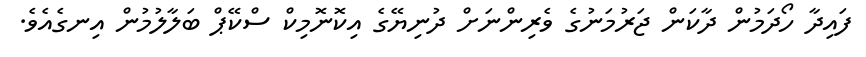
ފައިދާ ހޯދަމުން ދާކަން ޖަރުމަނުގެ ވެރިންނަށް ދުނިޔޭގެ އިކޮނޮމިކް ސްކޭޕް ބަލާލުމުން އިނގެއެވެ.